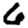
Digit: 6